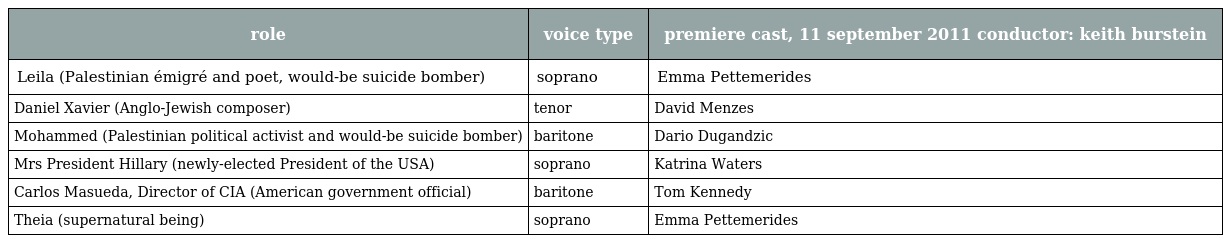
| role | voice type | premiere cast, 11 september 2011 conductor: keith burstein |
 | --- | --- | --- |
 | Leila (Palestinian émigré and poet, would-be suicide bomber) | soprano | Emma Pettemerides |
 | Daniel Xavier (Anglo-Jewish composer) | tenor | David Menzes |
 | Mohammed (Palestinian political activist and would-be suicide bomber) | baritone | Dario Dugandzic |
 | Mrs President Hillary (newly-elected President of the USA) | soprano | Katrina Waters |
 | Carlos Masueda, Director of CIA (American government official) | baritone | Tom Kennedy |
 | Theia (supernatural being) | soprano | Emma Pettemerides |